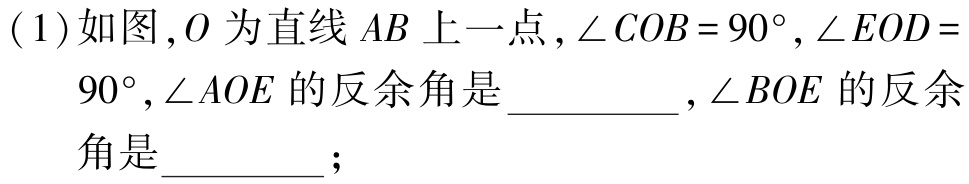
(1)如图,$O$为直线$AB$上一点,$\angle COB = 90^{\circ},\angle EOD = 90^{\circ},\angle AOE$的反余角是__________$,\angle BOE$的反余角是_________;